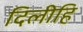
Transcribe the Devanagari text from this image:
दिलीहि